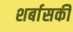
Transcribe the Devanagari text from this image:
शर्बासकी